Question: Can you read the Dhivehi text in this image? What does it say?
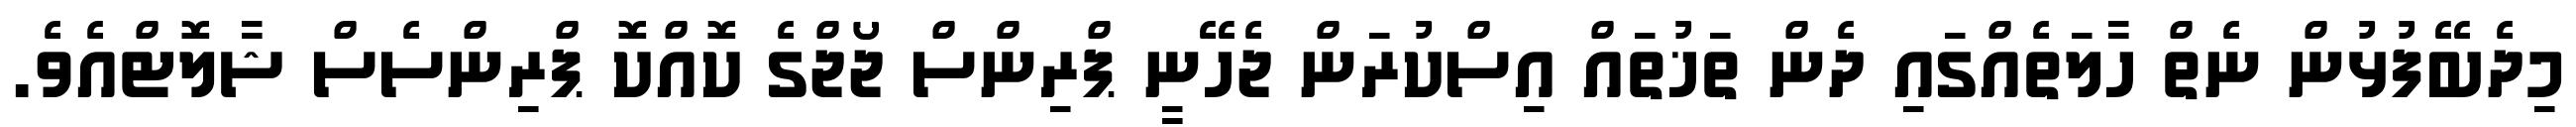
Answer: މިދެބޭފުޅުން ނެތް ހާލަތެއްގައި ދެން ތަޚުތައް އިސްކުރަން ޖެހޭނީ ޕްރިންސް ޖޯޖްގެ ކޮއްކޮ ޕްރިންސެސް ޝާލޮޓްއެވެ.